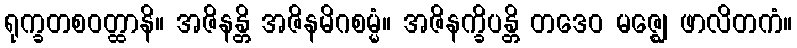
ရုက္ခတစဝတ္ထာနိ။ အဇိနန္တိ အဇိနမိဂစမ္မံ။ အဇိနက္ခိပန္တိ တဒေဝ မဇ္ဈေ ဖာလိတကံ။